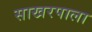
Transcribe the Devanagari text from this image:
साखरपाला